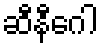
ဆီနီဂေါ